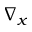
\nabla _ { x }